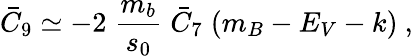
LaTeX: \bar{C}_{9}\simeq-2\; \frac{m_{b}}{s_{0}}\; \bar{C}_{7}\; (m_{B}-E_{V}-k)~,